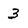
Character: 3